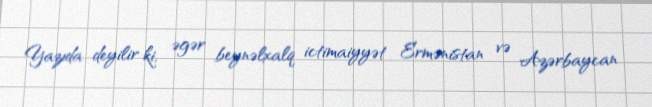
Yazıda deyilir ki, əgər beynəlxalq ictimaiyyət Ermənistan və Azərbaycan